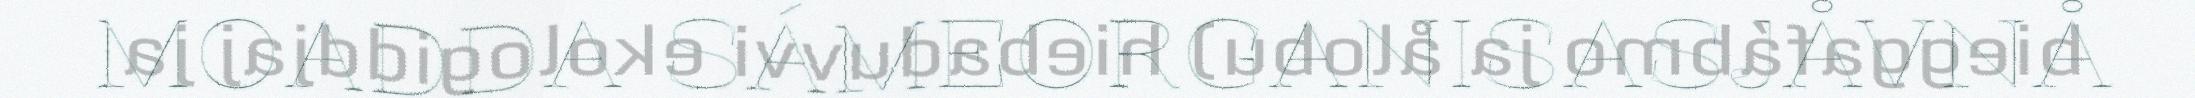
MOADDA SÁMEORGANISASJÅVNÅ